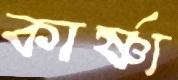
কার্ষ্ণ্য